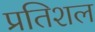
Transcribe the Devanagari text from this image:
प्रतिशल